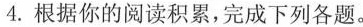
4.根据你的阅读积累，完成下列各题。